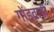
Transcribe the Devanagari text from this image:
गोंडवानी